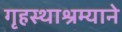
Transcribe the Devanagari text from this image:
गृहस्थाश्रम्याने